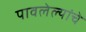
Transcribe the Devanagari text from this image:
पावलेल्यांचे